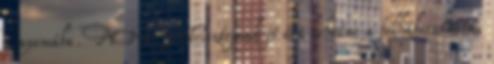
a nyomába. MN: Tolsztojnak jó oka lehetne a felháborodásra,